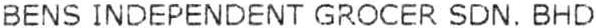
BENS INDEPENDENT GROCER SDN. BHD